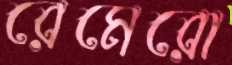
রেমেরো